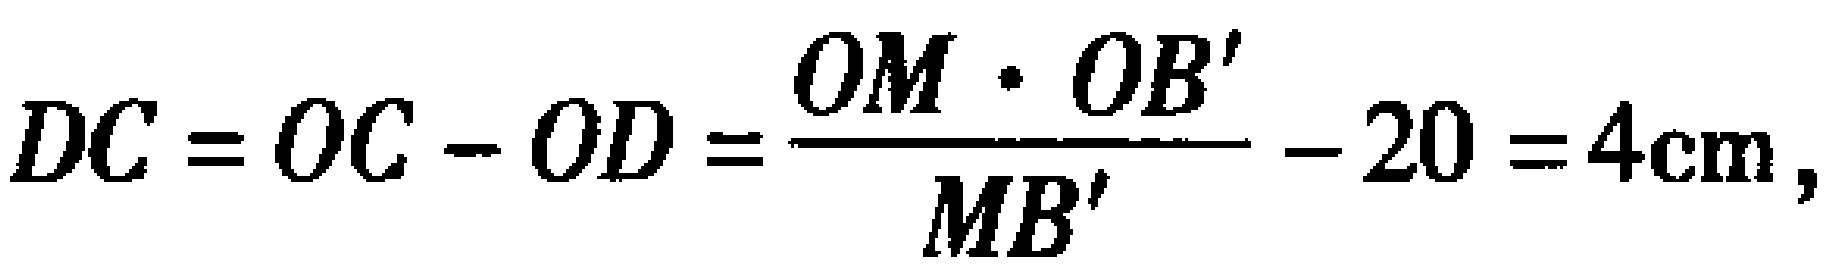
\(DC = OC - OD=\frac{OM\cdot OB'}{MB'}-20 = 4\text{cm},\)